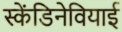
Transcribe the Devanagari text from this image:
स्केंडिनेवियाई